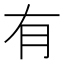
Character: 有